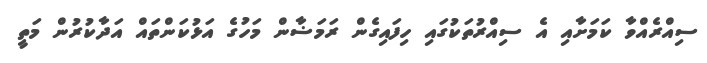
ސިއްރެއްވާ ކަމަށާއި އެ ސިއްރުތަކުގައި ހިފައިގެން ރަމަޟާން މަހުގެ އަޅުކަންތައް އަދާކުރުން މަތީ